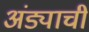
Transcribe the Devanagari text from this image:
अंड्याची